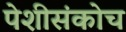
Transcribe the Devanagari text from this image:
पेशीसंकोच